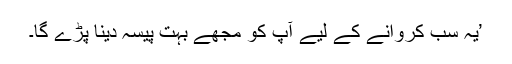
’یہ سب کروانے کے لیے آپ کو مجھے بہت پیسہ دینا پڑے گا۔